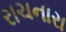
રાચનારા